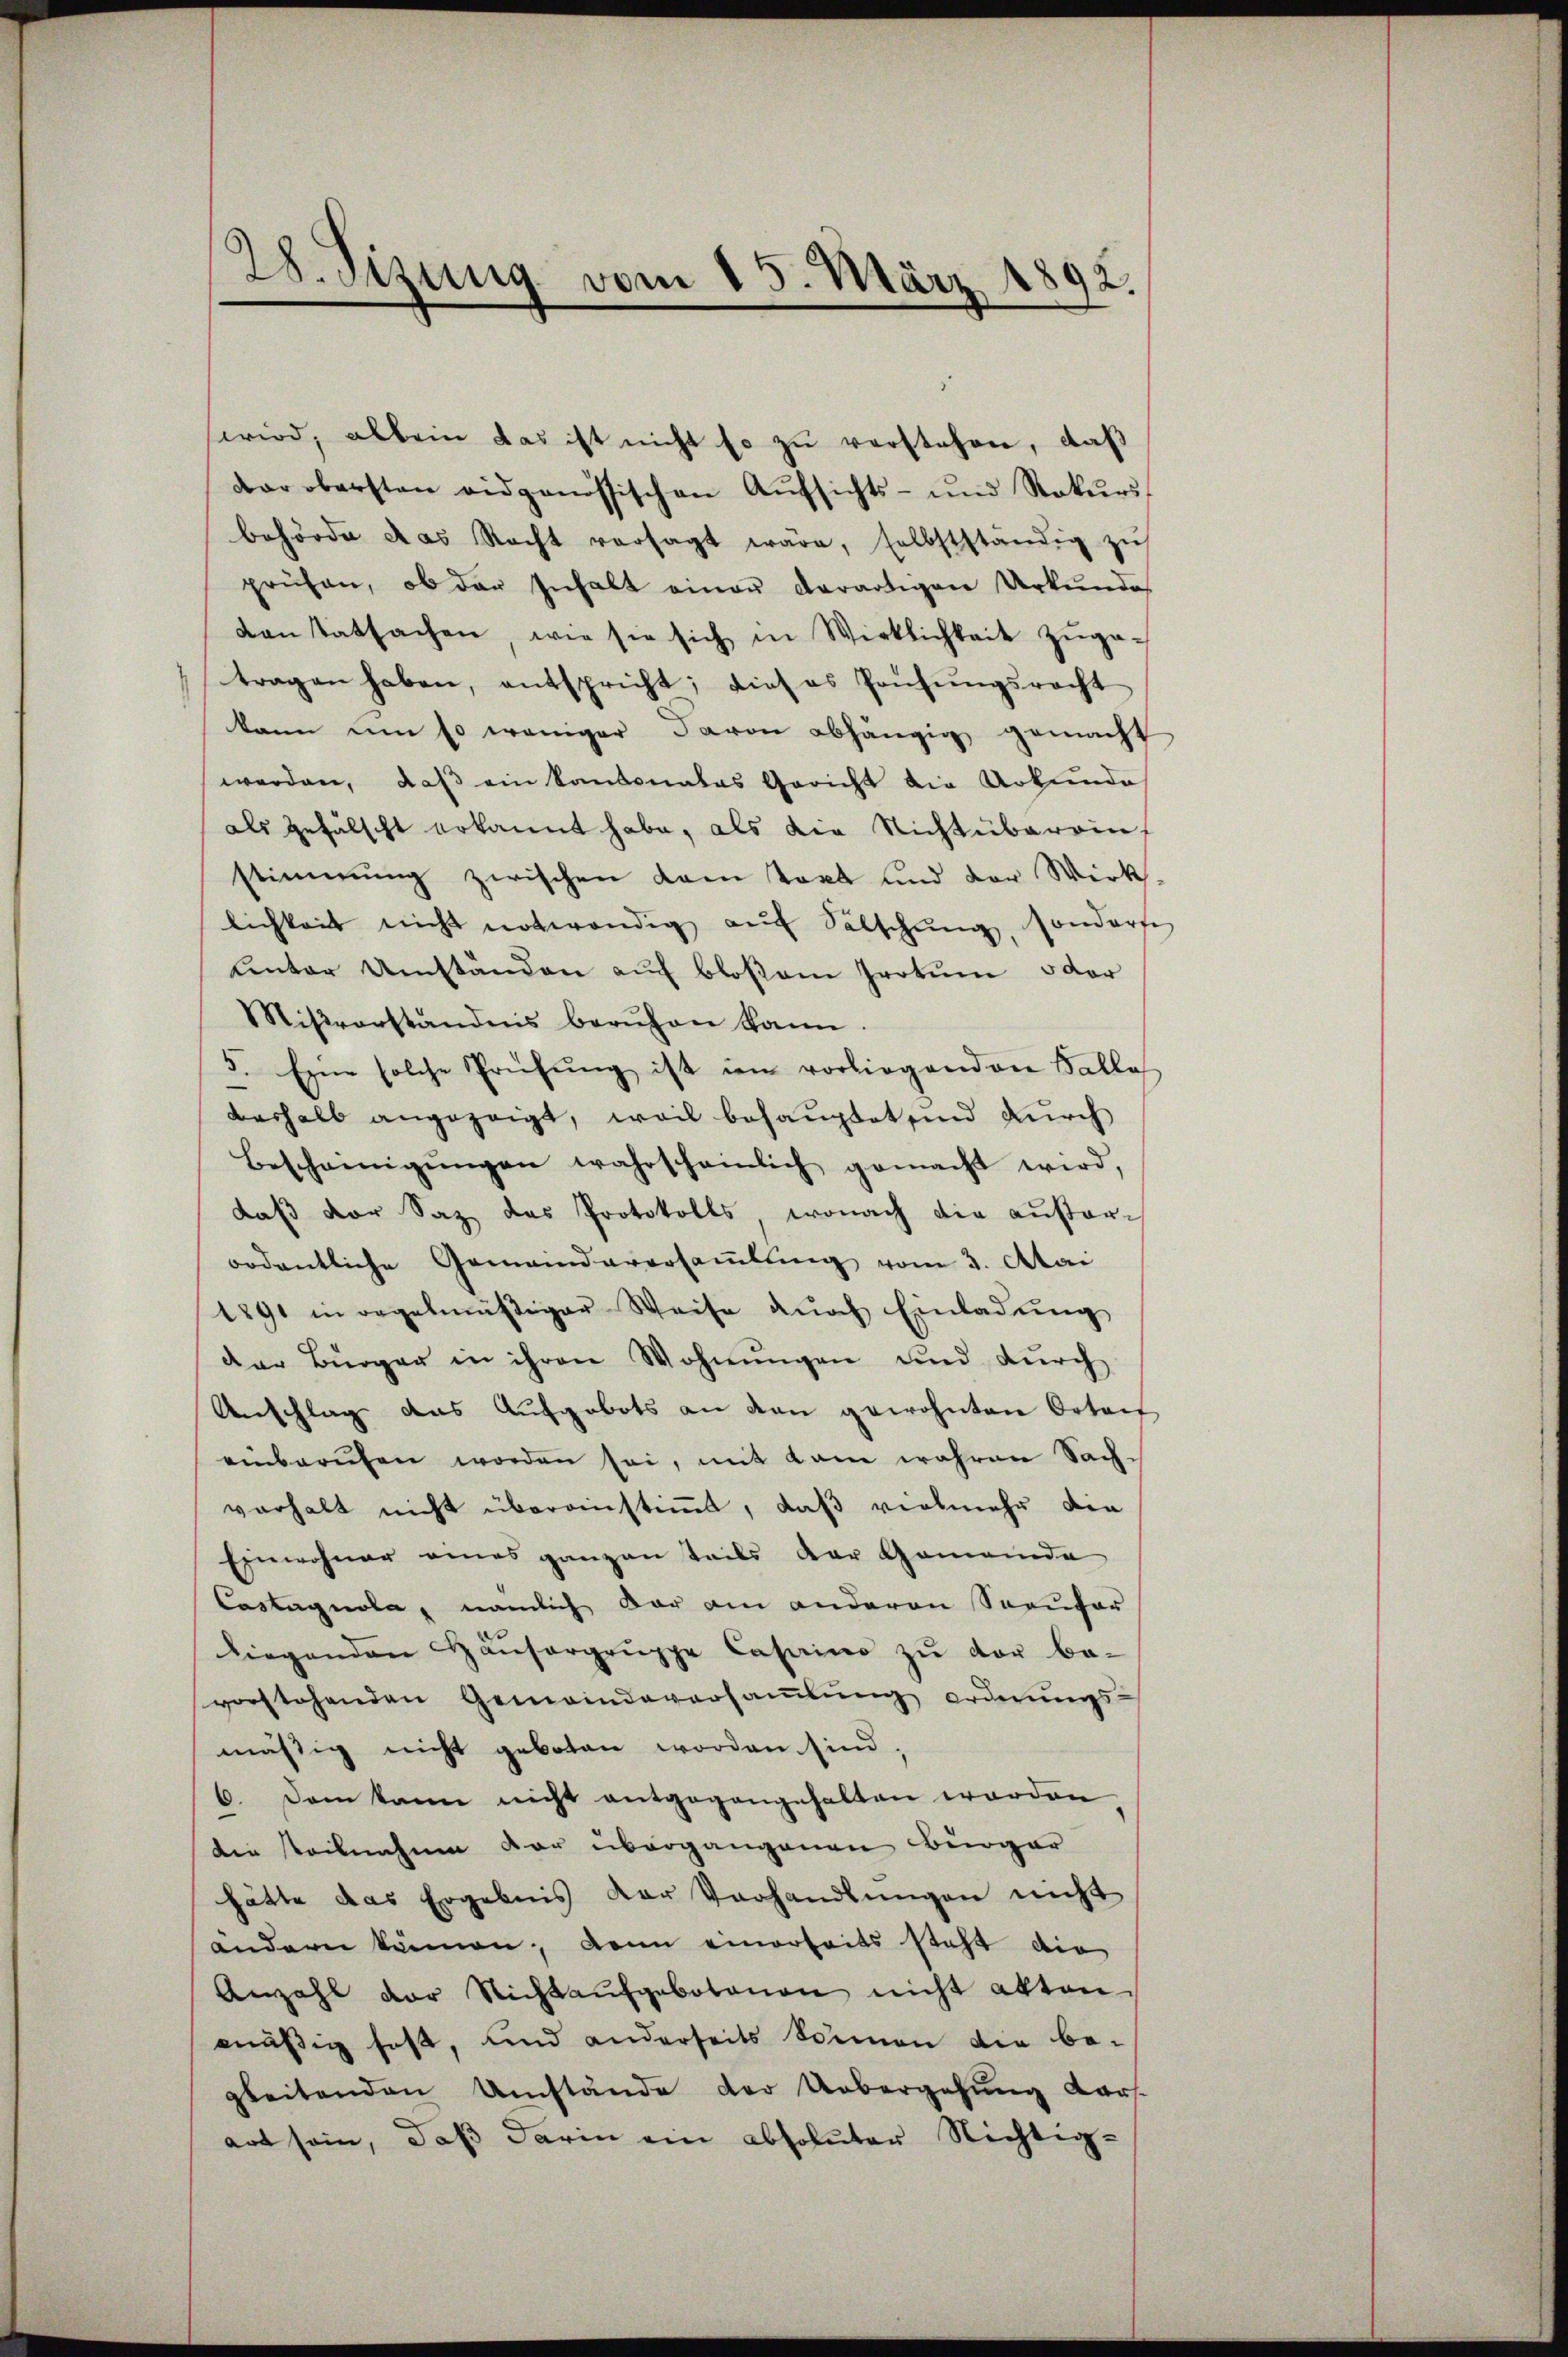
wird, allein das ist nicht so zŭ verstehen, daß
dar obersten eidgenössischen Aŭfsichts- und Rekŭrs
behörde das Recht versagt wäre, selbstständig zŭ
prüfen, ob der Inhalt einer derartigen Urkunde
kanstatsachen wie sie sich in Wirklichkeit zŭge-
tragen haben, entspricht; dieses Prüfŭngsrecht
kann um so weniger davon abhängig gemacht
werden, daß ein kantonales Gericht die Urkunde
als gefälscht erkannt habe, als die Nichtübereinstimmung zwischen kam Takt und der Wirks-
lichkeit nicht notwendig aŭf Sälschŭng, sonderse
unter Umständen aŭf bloßem Irrtum oder
Mitvorständnis beruhen kann.
5. Eine solche Prüfung ist im vorliegenden Balle
deshalb angezeigt, weil behauptet sind durch
Bescheinigŭngen wahrscheinlich gemacht wird,
daβ der Saz das Protokolls, wonach die außerordentliche Gemeindeversammlung vom 3. Atai
1891 in regelmäßiger Weise dŭrch Einladung
der Bürger in ihren Wohnungen und durch
Anschlag das Aufgebots an den gewohnten Ortaif
einbarŭfen worden sei, mit kam wahren Sach-
verhalt nicht übereinstimmt, daß vielmehr die
Einwohner eines ganzen teils der Gemeinda
Castagnola, nämlich dar am anderen Seeufer
liegenden Häŭsergruppe Casano zŭ der be-
vorstehenden Gemeindeversaṁlŭng ordnŭngs-
mäßig nicht geboten worden sind
6. Dem kann nicht entgegangehalten worden
die steilnahme der übergangenen Bürger
hätte das Ergebnis der Vorhandlŭngen nicht
andern kämen; dann einerseits steht die
Anzahl der Nichtaŭfgebotenen nicht akten
mäßig fast, und anderseits Sonnen die be-
gleitenden Umstände der Uebergehung darf.
art sein, daß darin ein absoluter Nichtig-

28. Sizung vom 15. März 1892.